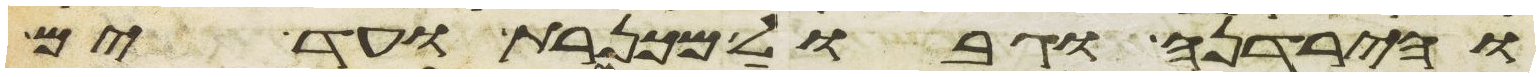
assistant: והירדנה וגבול מכנרת ועד ים